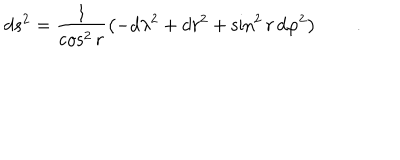
LaTeX: d s ^ { 2 } = \frac 1 { \cos ^ { 2 } r } \left( - d \lambda ^ { 2 } + d r ^ { 2 } + \sin ^ { 2 } r \, d \varphi ^ { 2 } \right) \qquad .